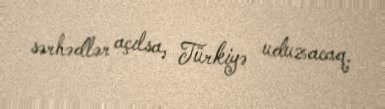
sərhədlər açılsa, Türkiyə uduzacaq.